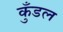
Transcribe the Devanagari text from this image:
कुँडल